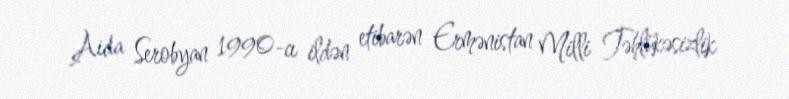
Aida Serobyan 1990-cı ildən etibarən Ermənistan Milli Təhlükəsizlik